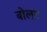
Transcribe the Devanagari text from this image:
बोलट